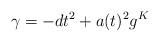
LaTeX: \begin{align*}\gamma = -dt^2+a(t)^2 g^{K}\end{align*}